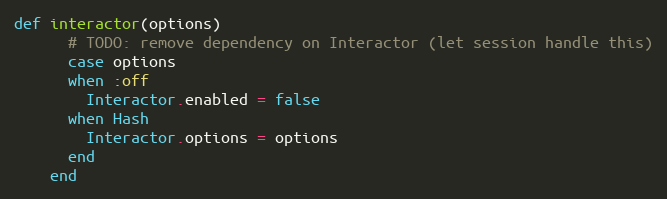
Language: Ruby
def interactor(options)
      # TODO: remove dependency on Interactor (let session handle this)
      case options
      when :off
        Interactor.enabled = false
      when Hash
        Interactor.options = options
      end
    end